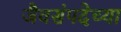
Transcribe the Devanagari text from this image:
जैवसंपदेच्या